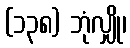
(၁၃၈) ဘုံလျှို၊